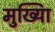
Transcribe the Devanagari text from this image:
मुख्यिा